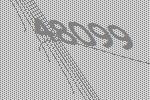
48099